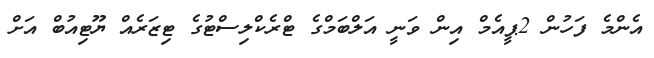
އެންމެ ފަހުން 2ޕީއެމް އިން ވަނީ އަލްބަމްގެ ޓްރެކްލިސްޓުގެ ޓިޒަރެއް ޔޫޓިއުބް އަށް